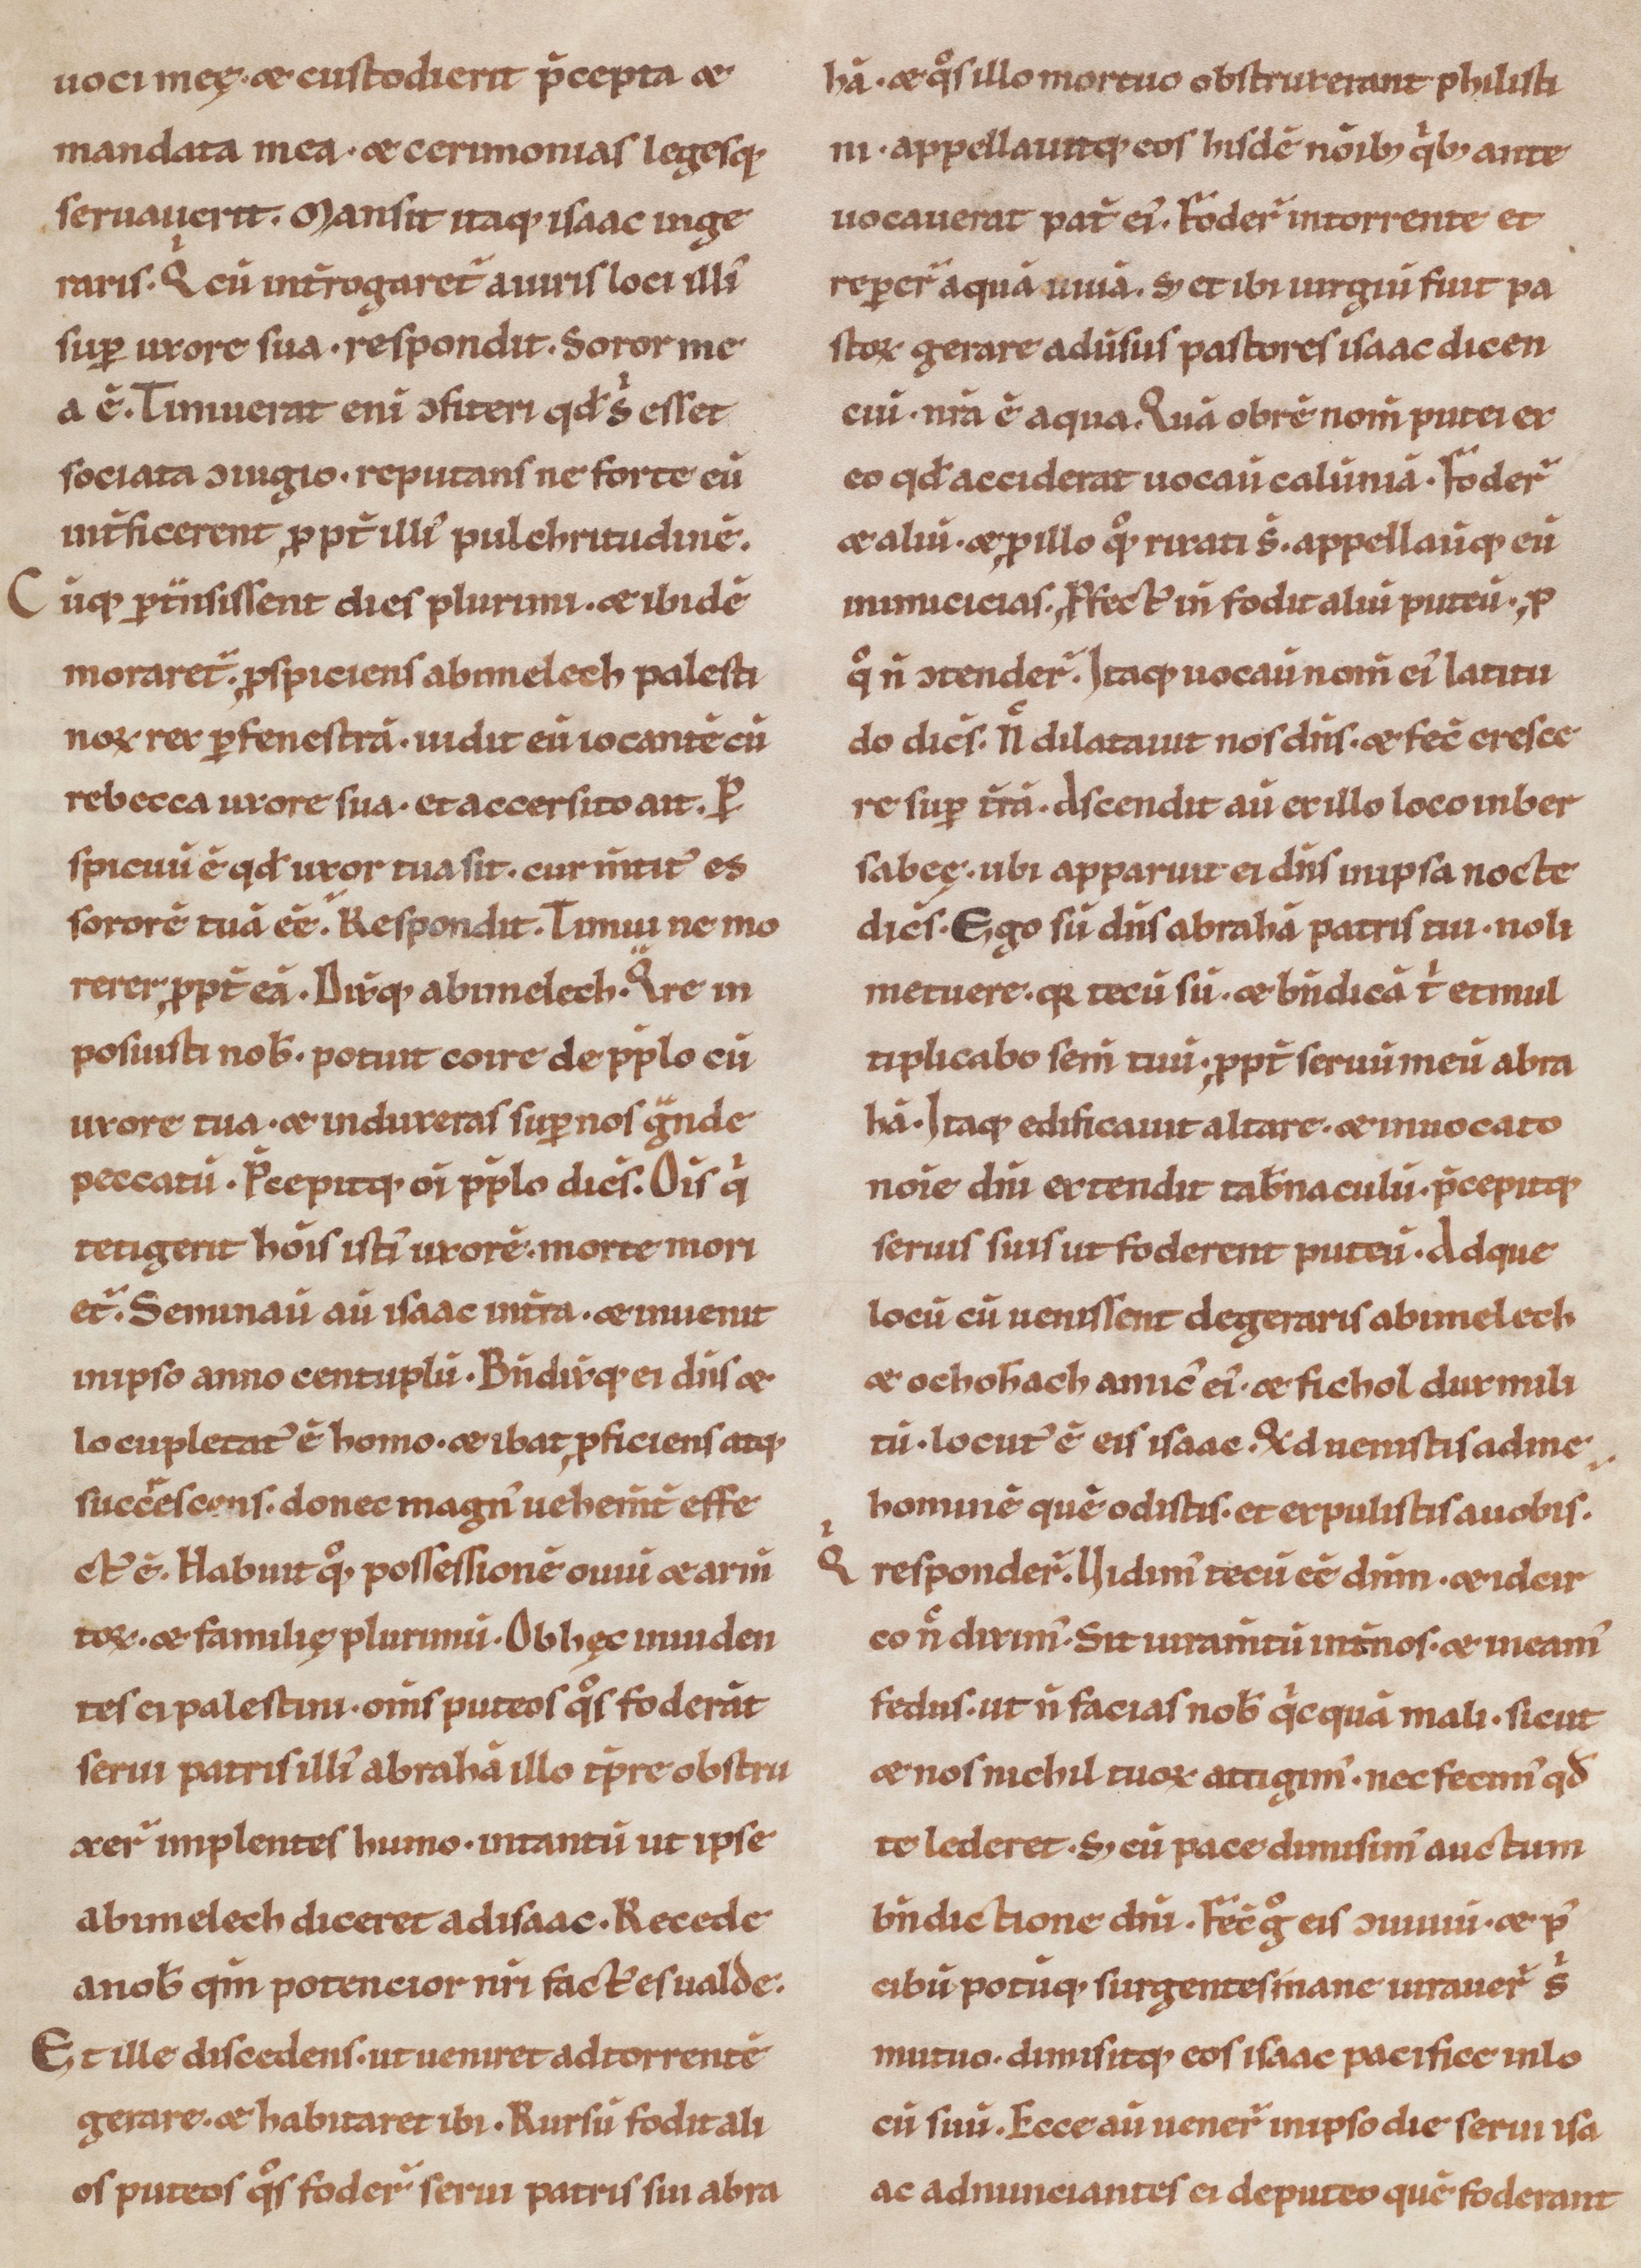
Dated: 1100–1199